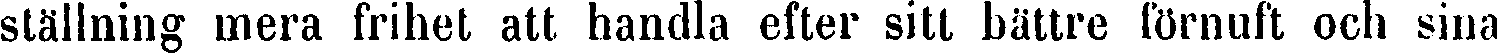
ställning mera frihet att handla efter sitt bättre förnuft och sina